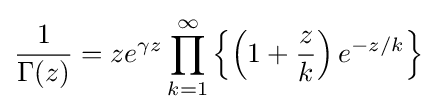
{\frac {1}{\Gamma (z)}}=ze^{\gamma z}\prod _{k=1}^{\infty }\left\{\left(1+{\frac {z}{k}}\right)e^{-z/k}\right\}